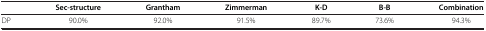
<table><thead><tr><td>[EMPTY_CELL]</td><td><b>Sec-structure</b></td><td><b>Grantham</b></td><td><b>Zimmerman</b></td><td><b>K-D</b></td><td><b>B-B</b></td><td><b>Combination</b></td></tr></thead><tbody><tr><td>DP</td><td>90.0%</td><td>92.0%</td><td>91.5%</td><td>89.7%</td><td>73.6%</td><td>94.3%</td></tr></tbody></table>